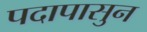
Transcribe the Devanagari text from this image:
पदापासुन